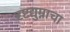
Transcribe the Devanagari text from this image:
दृष्टद्युम्नाचा